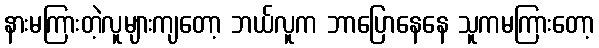
နားမကြားတဲ့လူများကျတော့ ဘယ်လူက ဘာပြောနေနေ သူကမကြားတော့